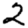
Digit: 2